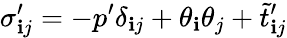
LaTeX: \sigma_{\mathbf{i}j}^{\prime}=-p^{\prime}\delta_{\mathbf{i}j}+\theta_{\mathbf{i}}\theta_{j}+\tilde{{t}}_{\mathbf{i}j}^{\prime}